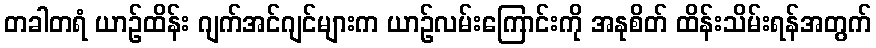
တခါတရံ ယာဉ်ထိန်း ဂျက်အင်ဂျင်များက ယာဉ်လမ်းကြောင်းကို အနုစိတ် ထိန်းသိမ်းရန်အတွက်